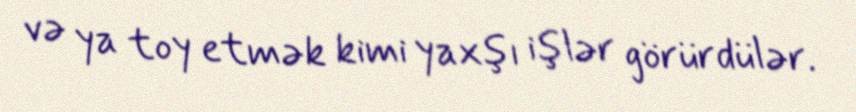
və ya toy etmək kimi yaxşı işlər görürdülər.